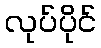
လုပ်ပိုင်